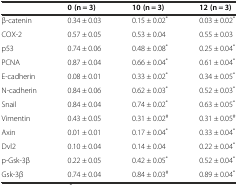
|  | 0 (n = 3) | 10 (n = 3) | 12 (n = 3) |
 | --- | --- | --- | --- |
 | β-catenin | 0.34 ± 0.03 | 0.15 ± 0.02* | 0.03 ± 0.02* |
 | COX-2 | 0.57 ± 0.05 | 0.53 ± 0.04 | 0.55 ± 0.03 |
 | p53 | 0.74 ± 0.06 | 0.48 ± 0.08* | 0.25 ± 0.04* |
 | PCNA | 0.87 ± 0.04 | 0.66 ± 0.04* | 0.61 ± 0.04* |
 | E-cadherin | 0.08 ± 0.01 | 0.33 ± 0.02* | 0.34 ± 0.05* |
 | N-cadherin | 0.84 ± 0.06 | 0.62 ± 0.03* | 0.52 ± 0.03* |
 | Snail | 0.84 ± 0.04 | 0.74 ± 0.02* | 0.63 ± 0.05* |
 | Vimentin | 0.43 ± 0.05 | 0.31 ± 0.02# | 0.31 ± 0.05# |
 | Axin | 0.01 ± 0.01 | 0.17 ± 0.04* | 0.33 ± 0.04* |
 | Dvl2 | 0.10 ± 0.04 | 0.14 ± 0.04 | 0.22 ± 0.04* |
 | p-Gsk-3β | 0.22 ± 0.05 | 0.42 ± 0.05* | 0.52 ± 0.04* |
 | Gsk-3β | 0.74 ± 0.04 | 0.84 ± 0.03# | 0.89 ± 0.04* |